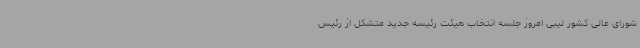
شورای عالی کشور لیبی امروز جلسه انتخاب هیئت رئیسه جدید متشکل از رئیس